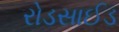
રોડસાઈડ